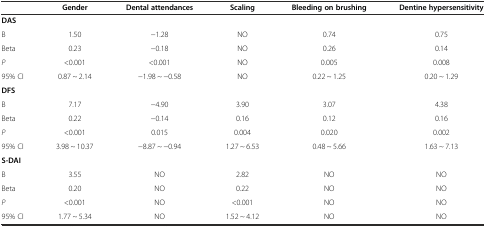
<table><thead><tr><td></td><td><b>Gender</b></td><td><b>Dental attendances</b></td><td><b>Scaling</b></td><td><b>Bleeding on brushing</b></td><td><b>Dentine hypersensitivity</b></td></tr></thead><tbody><tr><td><b>DAS</b></td><td></td><td></td><td></td><td></td><td></td></tr><tr><td>B</td><td>1.50</td><td>-1.28</td><td>NO</td><td>0.74</td><td>0.75</td></tr><tr><td>Beta</td><td>0.23</td><td>-0.18</td><td>NO</td><td>0.26</td><td>0.14</td></tr><tr><td><i>P</i></td><td>&lt;0.001</td><td>&lt;0.001</td><td>NO</td><td>0.005</td><td>0.008</td></tr><tr><td>95% CI</td><td>0.87 ~ 2.14</td><td>-1.98 ~ -0.58</td><td>NO</td><td>0.22 ~ 1.25</td><td>0.20 ~ 1.29</td></tr><tr><td><b>DFS</b></td><td></td><td></td><td></td><td></td><td></td></tr><tr><td>B</td><td>7.17</td><td>-4.90</td><td>3.90</td><td>3.07</td><td>4.38</td></tr><tr><td>Beta</td><td>0.22</td><td>-0.14</td><td>0.16</td><td>0.12</td><td>0.16</td></tr><tr><td><i>P</i></td><td>&lt;0.001</td><td>0.015</td><td>0.004</td><td>0.020</td><td>0.002</td></tr><tr><td>95% CI</td><td>3.98 ~ 10.37</td><td>-8.87 ~ -0.94</td><td>1.27 ~ 6.53</td><td>0.48 ~ 5.66</td><td>1.63 ~ 7.13</td></tr><tr><td><b>S-DAI</b></td><td></td><td></td><td></td><td></td><td></td></tr><tr><td>B</td><td>3.55</td><td>NO</td><td>2.82</td><td>NO</td><td>NO</td></tr><tr><td>Beta</td><td>0.20</td><td>NO</td><td>0.22</td><td>NO</td><td>NO</td></tr><tr><td><i>P</i></td><td>&lt;0.001</td><td>NO</td><td>&lt;0.001</td><td>NO</td><td>NO</td></tr><tr><td>95% CI</td><td>1.77 ~ 5.34</td><td>NO</td><td>1.52 ~ 4.12</td><td>NO</td><td>NO</td></tr></tbody></table>